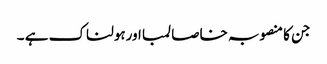
جن کا منصوبہ خاصا لمبا اورہولناک ہے ۔